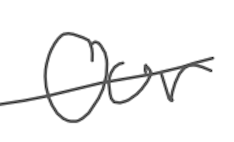
Text: Our
Cross-out: single-line
Writing tool: digital_gray